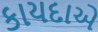
કાયદાએ